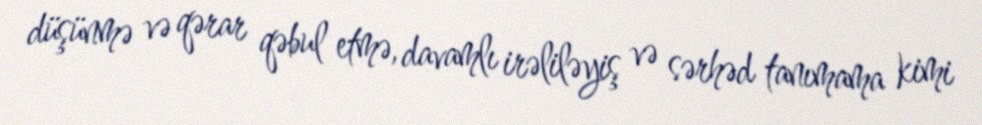
düşünmə və qərar qəbul etmə, davamlı irəliləyiş və sərhəd tanımama kimi